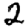
Digit: 2